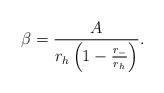
LaTeX: \begin{align*}\beta ={{A}\over {r_{h} \left ( 1- {{r_{-}}\over{r_{h}}} \right ) }}.\end{align*}